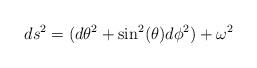
LaTeX: \begin{align*}ds^2= (d{\theta}^2+\sin^2(\theta)d{\phi}^2) + {\omega}^2\end{align*}